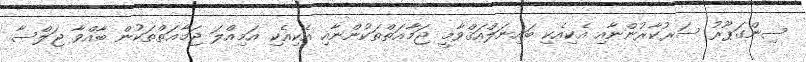
ސިންގަޕޫރު ސަރުކާރުންނާއި އެކިއެކި ބައިނަލްއަޤްވާމީ ޖަމާޢަތްތަކުންނާއި އެކިއެކި އަމިއްލަ ޖަމާޢަތްތަކުން ބާއްވާ ޖަލްސާ